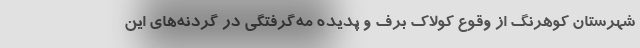
شهرستان کوهرنگ از وقوع کولاک برف و پدیده مه‌گرفتگی در گردنه‌های این